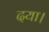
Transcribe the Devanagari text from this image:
दया।